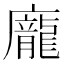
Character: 龐